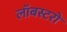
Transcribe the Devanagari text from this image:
लॉबस्टरों